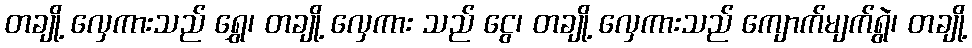
တချို့ လှေကားသည် ရွှေ၊ တချို့ လှေကား သည် ငွေ၊ တချို့ လှေကားသည် ကျောက်မျက်ရွဲ၊ တချို့